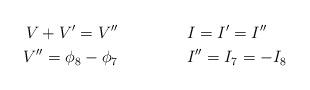
LaTeX: \begin{align*} V+V'=V'' &&& I=I'=I'' &&& \\ V''=\phi_8-\phi_7 &&& I''=I_7=-I_8 \\\end{align*}